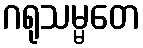
ဂရုသမ္မတေ